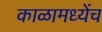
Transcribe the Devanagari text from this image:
काळामध्येंच